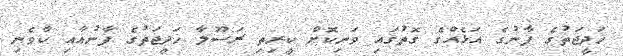
ޚަދީޖަތުގެ ފާނުގެ އަޅެއްގެ ގޮތުގައި ވަނިކޮށް ކީރިތި ރަސޫލާ ޚަދީޖަތުގެ ފާނުއާއި ކާވެނި